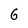
Character: G